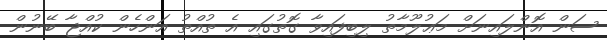
ސަން އޮންލައިނަށް މަޢުލޫމާތު ލިބިފައިވާ ގޮތުގައި އެ ތުއްތު އަންހެން ކުއްޖާ ބޭނުން